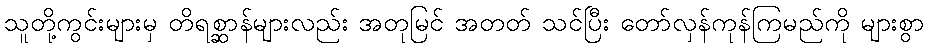
သူတို့ကွင်းများမှ တိရစ္ဆာန်များလည်း အတုမြင် အတတ် သင်ပြီး တော်လှန်ကုန်ကြမည်ကို များစွာ